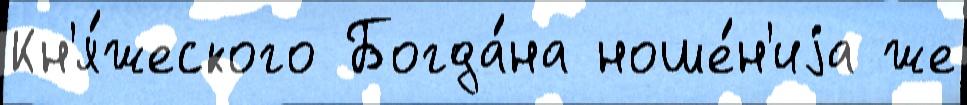
Кн'я́жеского Богда́на ноше́н'иjа же